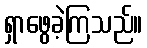
ရှာဖွေခဲ့ကြသည်။